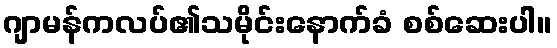
ဂျာမန်ကလပ်၏သမိုင်းနောက်ခံ စစ်ဆေးပါ။